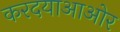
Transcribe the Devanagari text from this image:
करदयाआओर